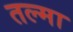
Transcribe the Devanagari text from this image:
तल्मा